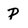
Character: P